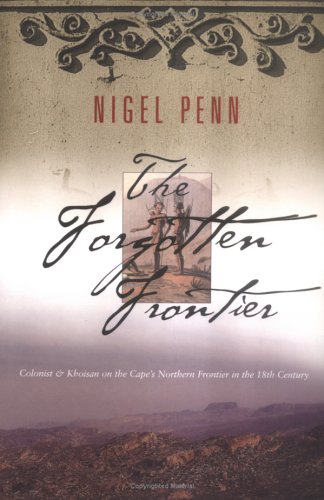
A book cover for The Forgotten Frontier: Colonist and Khoisan on the Cape's Northern Frontier in the 18th Century; Nigel Penn; History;